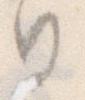
日